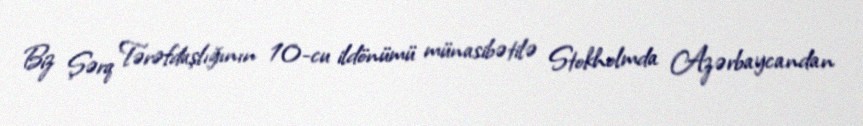
Biz Şərq Tərəfdaşlığının 10-cu ildönümü münasibətilə Stokholmda Azərbaycandan